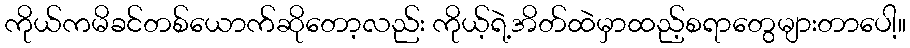
ကိုယ်ကမိခင်တစ်ယောက်ဆိုတော့လည်း ကိုယ့်ရဲ့အိတ်ထဲမှာထည့်စရာတွေများတာပေါ့။